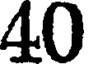
40